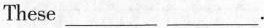
These___ ___.